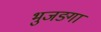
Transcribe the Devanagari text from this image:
भुजङ्गा